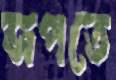
জপতে